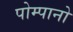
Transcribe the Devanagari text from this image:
पोम्पानो